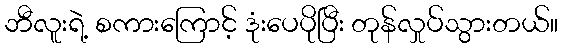
ဘီလူးရဲ့ စကားကြောင့် ဒုံးပေပိုပြီး တုန်လှုပ်သွားတယ်။